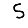
Digit: 5